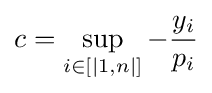
c=\sup _{i\in [|1,n|]}-{\frac {y_{i}}{p_{i}}}